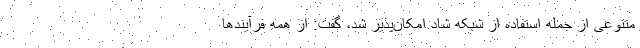
متنوعی از جمله استفاده از شبکه شاد امکان‌پذیر شد، گفت: از همه فرآیندها